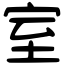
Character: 室